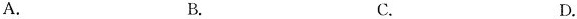
A. B. C. D.